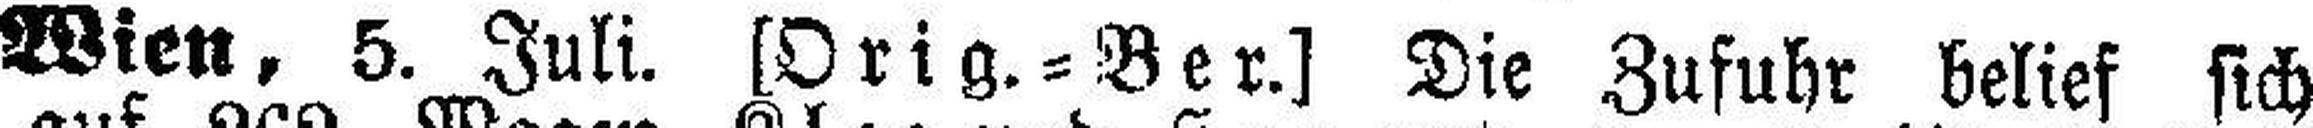
Wien, 5. Juli. [Orig.=Ber.] Die Zufuhr belief sich